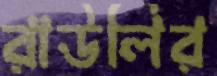
রাউলির